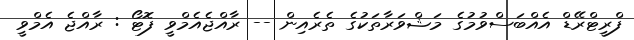
ފްރީޓްރޭޑް އެއްބަސްވުމުގެ މަޝްވަރާތަކުގެ ތެރެއިން -- ރާއްޖެއެމްވީ ފޮޓޯ : ރާއްޖެ އެމްވީ